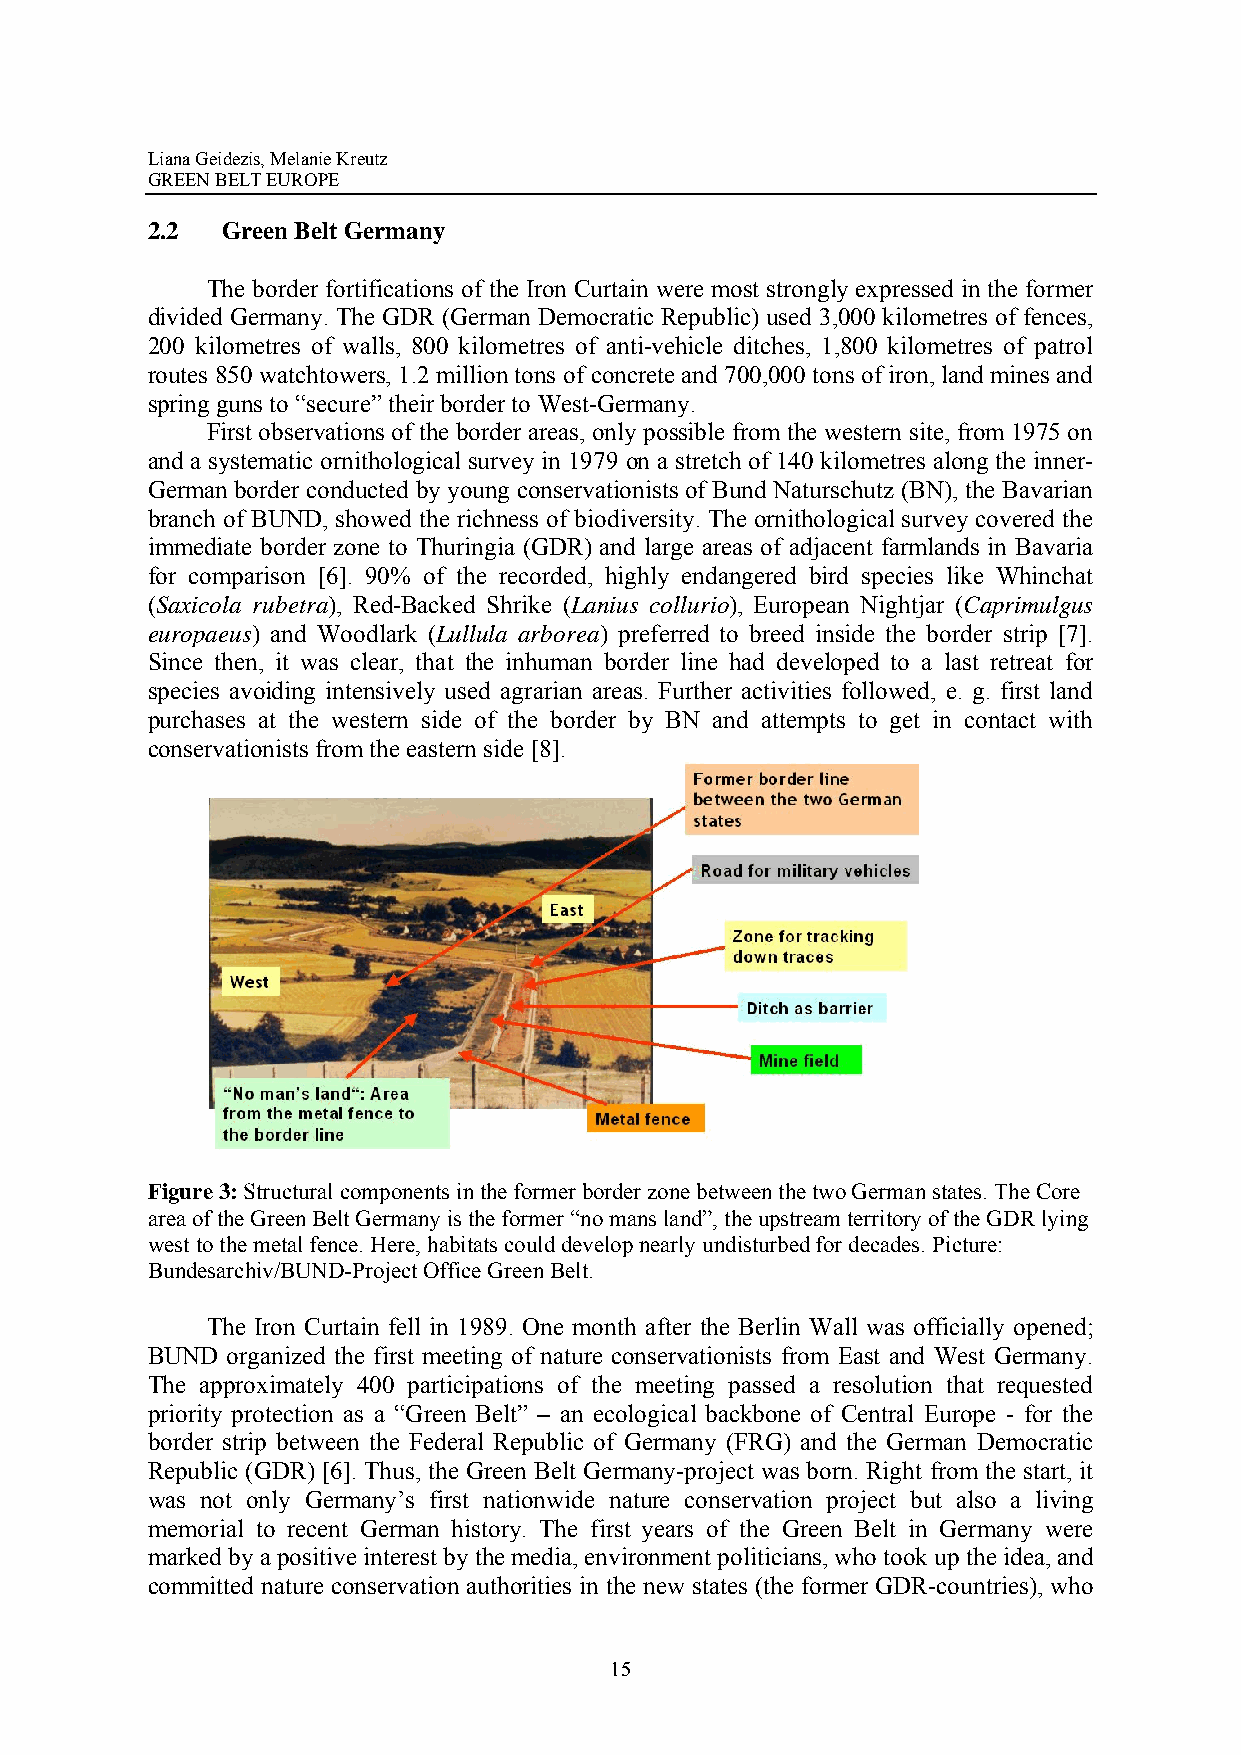
Liana Geidezis, Melanie Kreutz
 GREEN BELT EUROPE
 2.2  Green Belt Germany
 The border fortifications of the Iron Curtain were most strongly expressed in the former
 divided Germany. The GDR (German Democratic Republic) used 3,000 kilometres of fences,
 200 kilometres of walls, 800 kilometres of anti-vehicle ditches, 1,800 kilometres of patrol
 routes 850 watchtowers, 1.2 million tons of concrete and 700,000 tons of iron, land mines and
 spring guns to “secure” their border to West-Germany.
 First observations of the border areas, only possible from the western site, from 1975 on
 and a systematic ornithological survey in 1979 on a stretch of 140 kilometres along the inner-
 German border conducted by young conservationists of Bund Naturschutz (BN), the Bavarian
 branch of BUND, showed the richness of biodiversity. The ornithological survey covered the
 immediate border zone to Thuringia (GDR) and large areas of adjacent farmlands in Bavaria
 for comparison [6]. 90% of the recorded, highly endangered bird species like Whinchat
 (Saxicola rubetra), Red-Backed Shrike (Lanius collurio), European Nightjar (Caprimulgus
 europaeus) and Woodlark (Lullula arborea) preferred to breed inside the border strip [7].
 Since then, it was clear, that the inhuman border line had developed to a last retreat for
 species avoiding intensively used agrarian areas. Further activities followed, e. g. first land
 purchases at the western side of the border by BN and attempts to get in contact with
 conservationists from the eastern side [8].
 Figure 3: Structural components in the former border zone between the two German states. The Core
 area of the Green Belt Germany is the former “no mans land”, the upstream territory of the GDR lying
 west to the metal fence. Here, habitats could develop nearly undisturbed for decades. Picture:
 Bundesarchiv/BUND-Project Office Green Belt.
 The Iron Curtain fell in 1989. One month after the Berlin Wall was officially opened;
 BUND organized the first meeting of nature conservationists from East and West Germany.
 The approximately 400 participations of the meeting passed a resolution that requested
 priority protection as a “Green Belt” – an ecological backbone of Central Europe - for the
 border strip between the Federal Republic of Germany (FRG) and the German Democratic
 Republic (GDR) [6]. Thus, the Green Belt Germany-project was born. Right from the start, it
 was not only Germany’s first nationwide nature conservation project but also a living
 memorial to recent German history. The first years of the Green Belt in Germany were
 marked by a positive interest by the media, environment politicians, who took up the idea, and
 committed nature conservation authorities in the new states (the former GDR-countries), who
 15